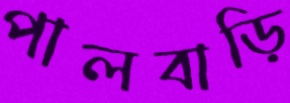
পালবাড়ি